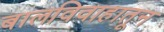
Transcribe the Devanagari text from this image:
बालविवाहातून